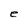
Character: e